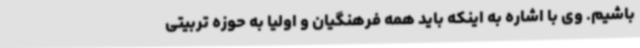
باشیم. وی با اشاره به اینکه باید همه فرهنگیان و اولیا به حوزه تربیتی